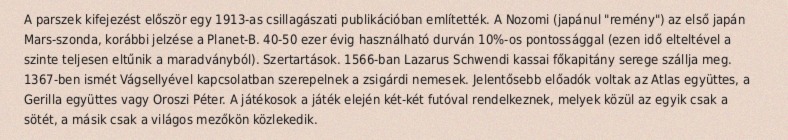
A parszek kifejezést először egy 1913-as csillagászati publikációban említették. A Nozomi (japánul "remény") az első japán Mars-szonda, korábbi jelzése a Planet-B. 40-50 ezer évig használható durván 10%-os pontossággal (ezen idő elteltével a szinte teljesen eltűnik a maradványból). Szertartások. 1566-ban Lazarus Schwendi kassai főkapitány serege szállja meg. 1367-ben ismét Vágsellyével kapcsolatban szerepelnek a zsigárdi nemesek. Jelentősebb előadók voltak az Atlas együttes, a Gerilla együttes vagy Oroszi Péter. A játékosok a játék elején két-két futóval rendelkeznek, melyek közül az egyik csak a sötét, a másik csak a világos mezőkön közlekedik.